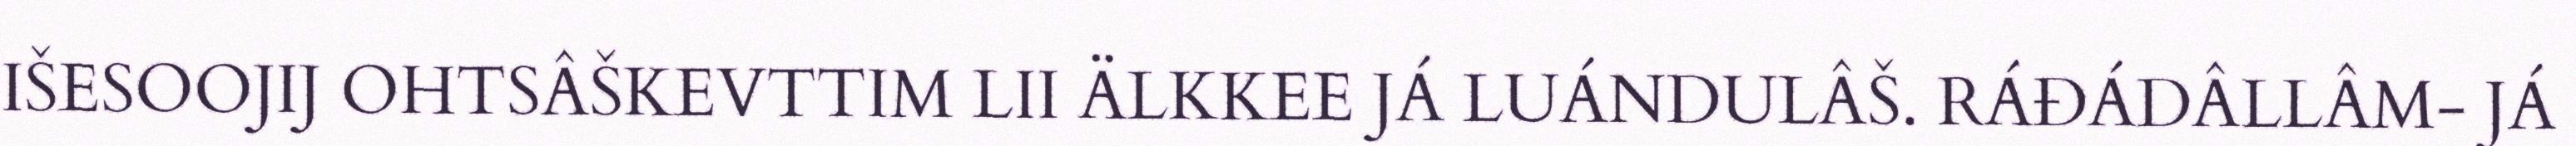
IŠESOOJIJ OHTSÂŠKEVTTIM LII ÄLKKEE JÁ LUÁNDULÂŠ. RÁĐÁDÂLLÂM- JÁ